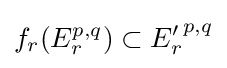
f_{r}(E_{r}^{p,q})\subset {E'_{r}}^{p,q}